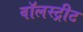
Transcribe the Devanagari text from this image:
वॉलस्ट्रीट